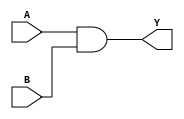
module and_glm(output Y, input A, B);
	and(Y, A, B);
endmodule